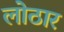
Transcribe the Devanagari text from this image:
लोठार